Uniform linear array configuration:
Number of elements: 48
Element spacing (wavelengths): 1
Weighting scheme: binomial
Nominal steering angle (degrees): -30
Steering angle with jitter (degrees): -29.147
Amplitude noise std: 0.05
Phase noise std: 0.05

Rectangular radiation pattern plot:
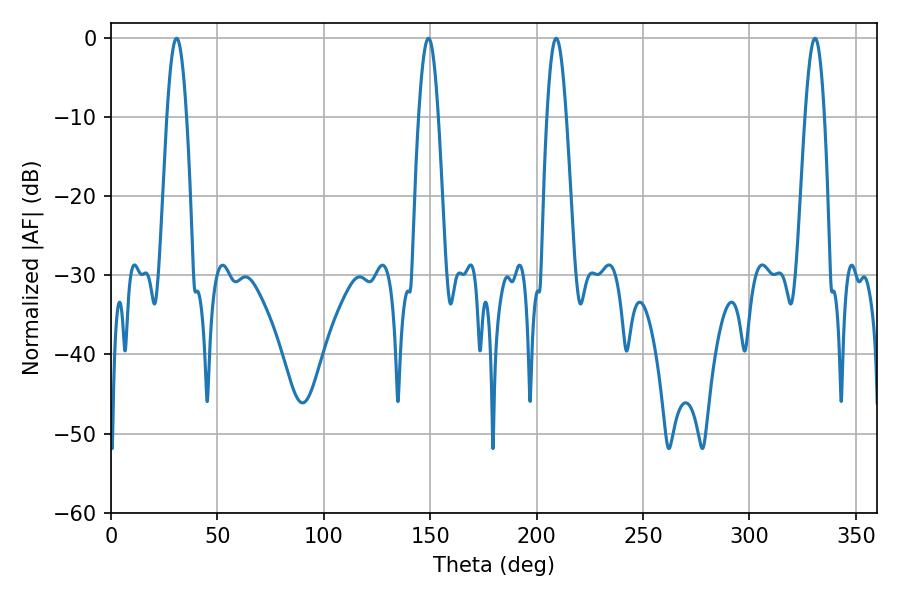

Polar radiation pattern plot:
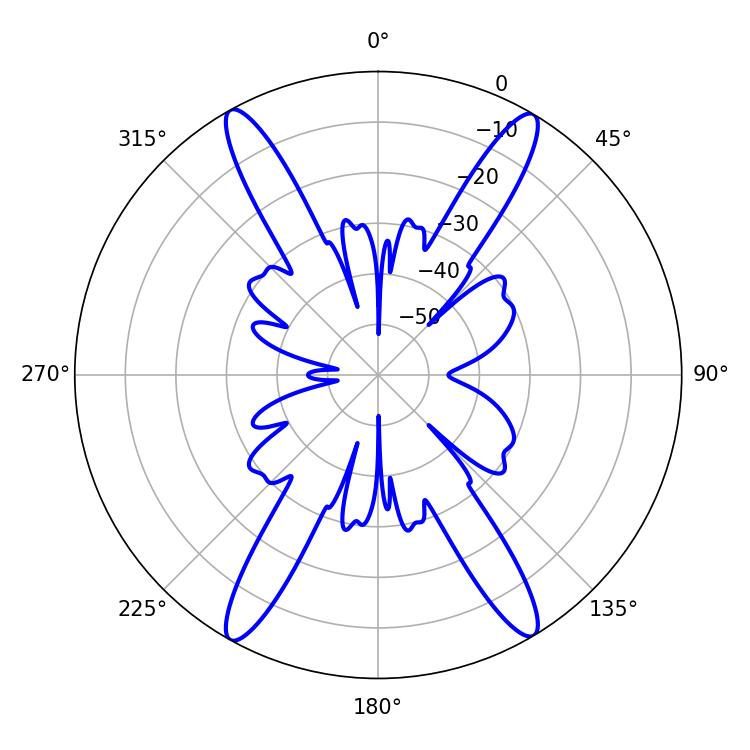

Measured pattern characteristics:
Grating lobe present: TRUE
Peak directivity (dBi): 25.258
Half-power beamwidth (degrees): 4.86
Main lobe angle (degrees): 209.16